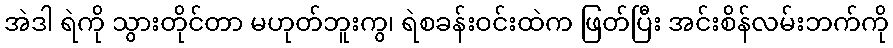
အဲဒါ ရဲကို သွားတိုင်တာ မဟုတ်ဘူးကွ၊ ရဲစခန်းဝင်းထဲက ဖြတ်ပြီး အင်းစိန်လမ်းဘက်ကို